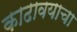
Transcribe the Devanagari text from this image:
काढावयाचा